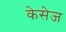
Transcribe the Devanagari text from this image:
केसेज